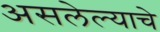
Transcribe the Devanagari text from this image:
असलेल्याचे